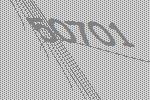
50701